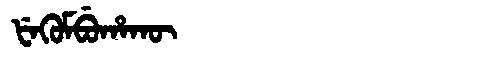
Manchu: ᡶᡝᡴᡠᠮᠪᡠᡥᠠᡴᡡ
Romanization: FEKUMBUHAKŪ